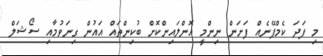
މި ފަދަ ކެމްޕޭނެއް ފަށަން ނިންމީ އޮންލައިންކޮށް ބުކިންތައް އައުން ގިނަވުމާއި ސޯޝަލް